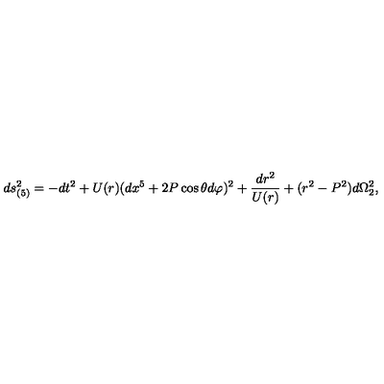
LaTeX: d s _ { ( 5 ) } ^ { 2 } = - d t ^ { 2 } + U ( r ) ( d x ^ { 5 } + 2 P \cos \theta d \varphi ) ^ { 2 } + { \frac { d r ^ { 2 } } { U ( r ) } } + ( r ^ { 2 } - P ^ { 2 } ) d \Omega _ { 2 } ^ { 2 } ,